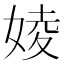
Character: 婈